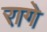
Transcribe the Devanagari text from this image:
रागे